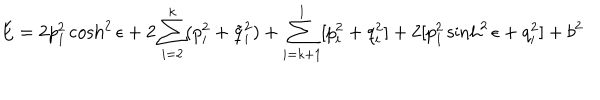
E = 2 p _ { 1 } ^ { 2 } \cosh ^ { 2 } \epsilon + 2 \sum _ { i = 2 } ^ { k } ( p _ { i } ^ { 2 } + \tilde { q } _ { i } ^ { 2 } ) + \sum _ { i = k + 1 } ^ { l } [ p _ { i } ^ { 2 } + q _ { i } ^ { 2 } ] + 2 [ p _ { 1 } ^ { 2 } \sinh ^ { 2 } \epsilon + q _ { i } ^ { 2 } ] + b ^ { 2 }